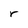
Character: r